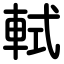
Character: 軾